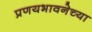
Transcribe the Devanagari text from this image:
प्रणयभावनेच्या